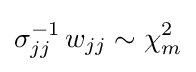
\sigma _{jj}^{-1}\,w_{jj}\sim \chi _{m}^{2}